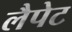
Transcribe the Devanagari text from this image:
लैपेट